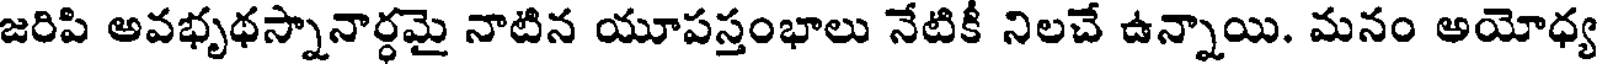
జరిపి అవభృథస్నానార్ధమై నాటిన యూపస్తంభాలు నేటికీ నిలచే ఉన్నాయి. మనం అయోధ్య